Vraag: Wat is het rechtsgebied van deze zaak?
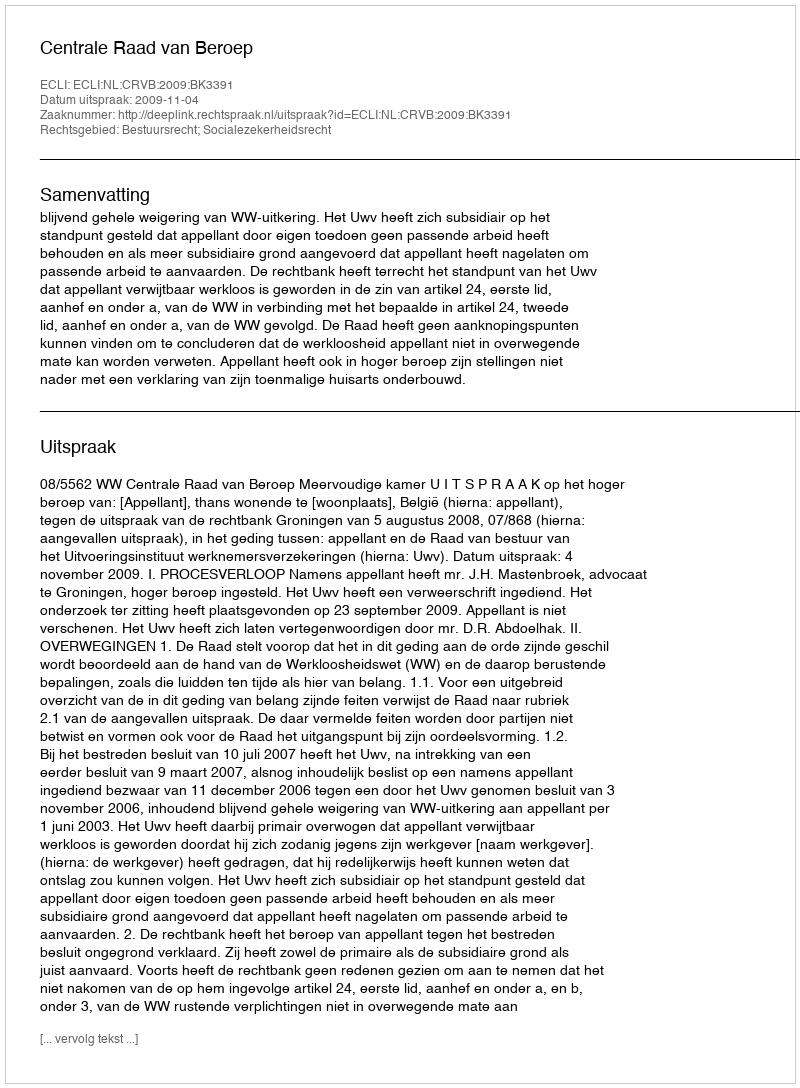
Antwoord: Bestuursrecht; Socialezekerheidsrecht